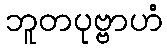
ဘူတပုဗ္ဗာဟံ